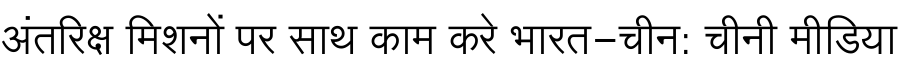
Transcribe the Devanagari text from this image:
अंतरिक्ष मिशनों पर साथ काम करे भारत-चीन: चीनी मीडिया